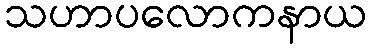
သဟာပလောကနာယ